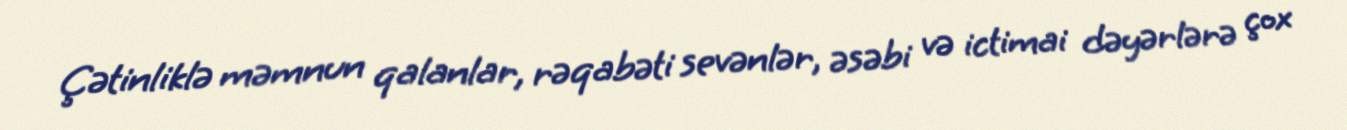
Çətinliklə məmnun qalanlar, rəqabəti sevənlər, əsəbi və ictimai dəyərlərə çox